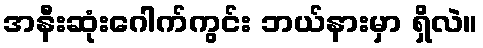
အနီးဆုံးဂေါက်ကွင်း ဘယ်နားမှာ ရှိလဲ။